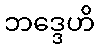
ဘဒ္ဒေဟိ